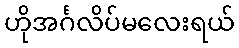
ဟိုအင်္ဂလိပ်မလေးရယ်